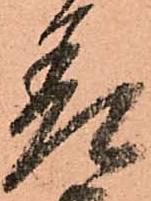
差